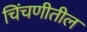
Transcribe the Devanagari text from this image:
चिंचणीतील